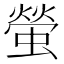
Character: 螢